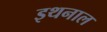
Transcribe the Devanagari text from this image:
इथनाल